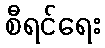
စီရင်ရေး